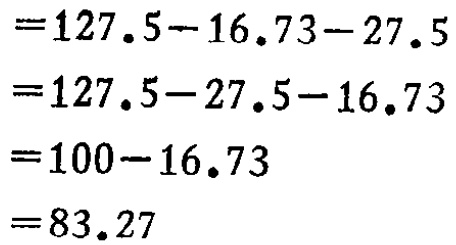
\begin{align*}
&=127.5 - 16.73 - 27.5\\
&=127.5 - 27.5 - 16.73\\
&=100 - 16.73\\
&=83.27
\end{align*}